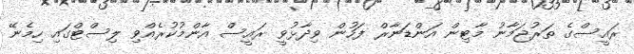
ރައީސްގެ ތަރުޖަމާނު މާޓިން އަންޑަނާރް ފަހުން ވިދާޅުވީ ރައީސް އާންމުކުރެއްވި ލިސްޓްގައި ހިމެނޭ